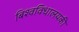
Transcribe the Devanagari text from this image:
बिश्वविधालयकी